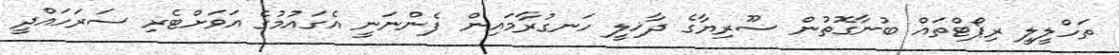
ތަހްލީލީ ރިޕޯޓްތައް ބުނާގޮތުން ސޫރިޔާގެ ދާޚިލީ ހަނގުރާމައިން ފެންނަނީ އެގައުމުގެ އަވަށްޓެރި ސަރަހައްދީ